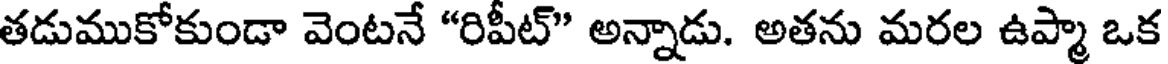
తడుముకోకుండా వెంటనే "రిపీట్" అన్నాడు. అతను మరల ఉప్మా ఒక